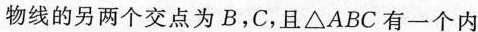
物线的另两个交点为B，C，且△ABC有一个内